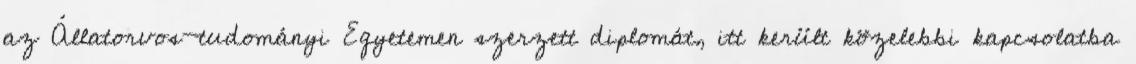
az Állatorvos-tudományi Egyetemen szerzett diplomát, itt került közelebbi kapcsolatba